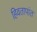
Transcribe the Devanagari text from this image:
हिवतापांत